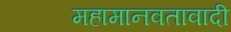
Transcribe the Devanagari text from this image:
महामानवतावादी